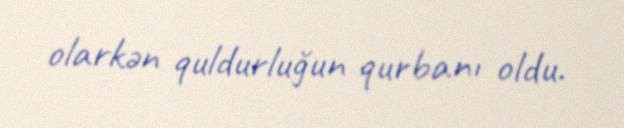
olarkən quldurluğun qurbanı oldu.